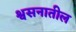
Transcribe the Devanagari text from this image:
श्वसनातील